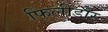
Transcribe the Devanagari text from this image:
फिलीडोर